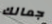
جمالك